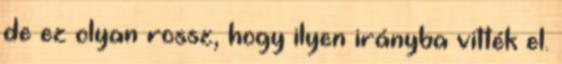
de ez olyan rossz, hogy ilyen irányba vitték el.